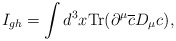
\begin{align*}I_{gh}=\int d^3x \mbox{Tr} (\partial^{\mu}\overline{c}D_{\mu}c),\end{align*}